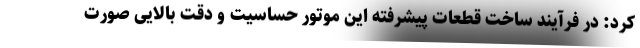
کرد: در فرآیند ساخت قطعات پیشرفته این موتور حساسیت و دقت بالایی صورت